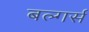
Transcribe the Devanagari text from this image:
बल्गर्स